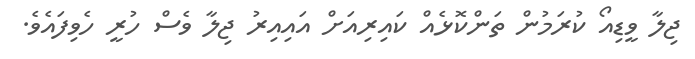
ޖިލާ ވީޑިއޯ ކުރަމުން ތަންކޮޅެއް ކައިރިއަށް އައިއިރު ޖިލާ ވެސް ހުރީ ހެވިފައެވެ.